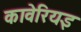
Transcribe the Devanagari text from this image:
कावेरियइ